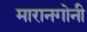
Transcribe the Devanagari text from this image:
मारानगोनी